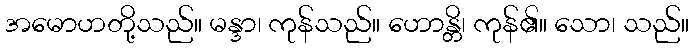
အမောဟတို့သည်။ မန္ဒာ၊ ကုန်သည်။ ဟောန္တိ၊ ကုန်၏။ သော၊ သည်။